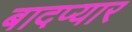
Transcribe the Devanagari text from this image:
बादप्यार